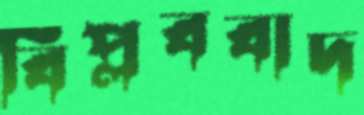
বিপ্লববাদ